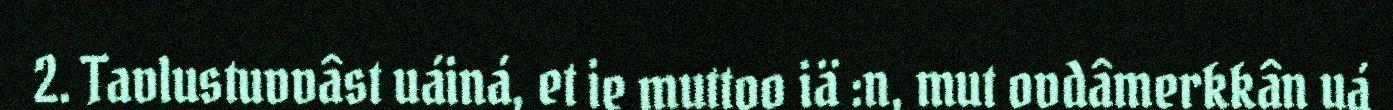
2. Tavlustuvvâst uáiná, et ie muttoo iä :n, mut ovdâmerkkân uá